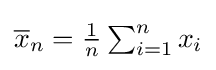
{\textstyle {\overline {x}}_{n}={\frac {1}{n}}\sum _{i=1}^{n}x_{i}}